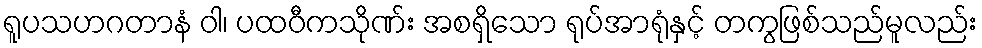
ရူပသဟဂတာနံ ဝါ၊ ပထဝီကသိုဏ်း အစရှိသော ရုပ်အာရုံနှင့် တကွဖြစ်သည်မူလည်း